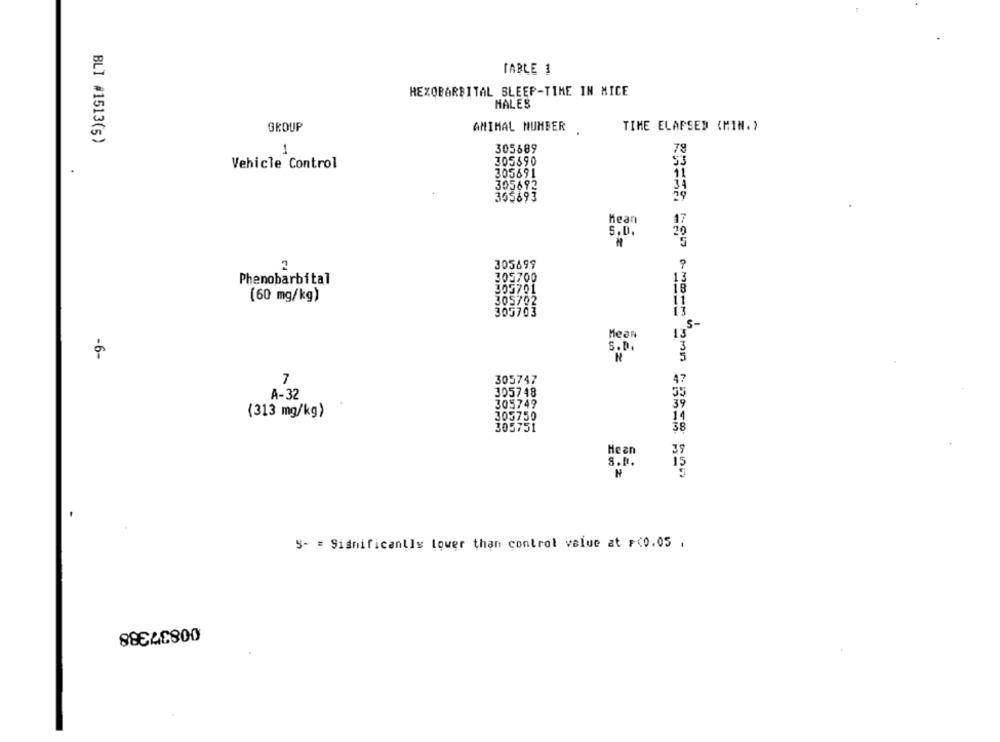
TABLE 1
HEZQBARBITAL SLEEP-TIME IN MICE
HALES
TIME ELAPSED (MIN. )
GROUP
AMIMAL NUMBER
BLI #1513(s)
1
305689
78
305690
$3
Vehicle Control
11
305691
305692
34
355693
39
Mean
47
5.0.
305699
Phenobarbital
305700
13
305701
18
(60 mg/kg)
305702
11
305703
ij
185-
Mean
.
-6-
7
305747
305748
A-32
305749
(313 mg/kg)
303750
14
305751
38
Hean
39
S.P.
s- = Significantly lower than control value at p<0.05 .
00837388